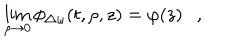
\lim _ { \rho \rightarrow 0 } \phi _ { \triangle \omega } ( t , \rho , z ) = \varphi ( z ) ,